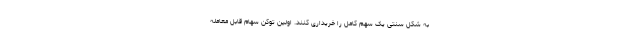
به شکل سنتی یک سهم کامل را خریداری کنند. اولین توکن سهام قابل معامله